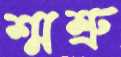
শ্মশ্রু